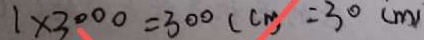
1 \times 3 0 0 0 = 3 0 0 ( c m ) = 3 0 ( m )